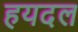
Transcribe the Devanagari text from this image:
हयदल